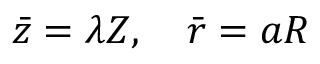
\begin{array} { r } { \bar { z } = \lambda Z , \quad \bar { r } = { a } R } \end{array}